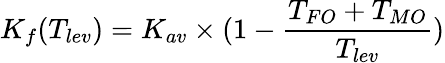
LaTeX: K_{f}(T_{lev})=K_{av}\times(1-\frac{T_{FO}+T_{MO}}{T_{lev}})